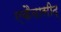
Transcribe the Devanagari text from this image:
एकैवासीद्